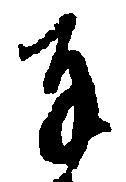
奉